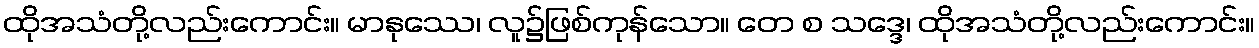
ထိုအသံတို့လည်းကောင်း။ မာနုဿေ၊ လူ၌ဖြစ်ကုန်သော။ တေ စ သဒ္ဒေ၊ ထိုအသံတို့လည်းကောင်း။